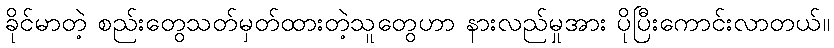
ခိုင်မာတဲ့ စည်းတွေသတ်မှတ်ထားတဲ့သူတွေဟာ နားလည်မှုအား ပိုပြီးကောင်းလာတယ်။